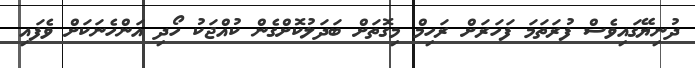
ދުނިޔޭގައިވެސް ފުރަތަމަ ފަހަރަށް ރަހިމް މިގޮތަށް ބަދަލުކޮށްގެން ކުއްޖަކު ހޯދި އަންހެނަކަށް ވެފައި